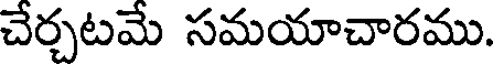
చేర్చటమే సమయాచారము.